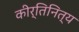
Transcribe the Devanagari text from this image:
कीर्तिनित्य